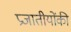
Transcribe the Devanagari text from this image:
प्रजातीयोंकी